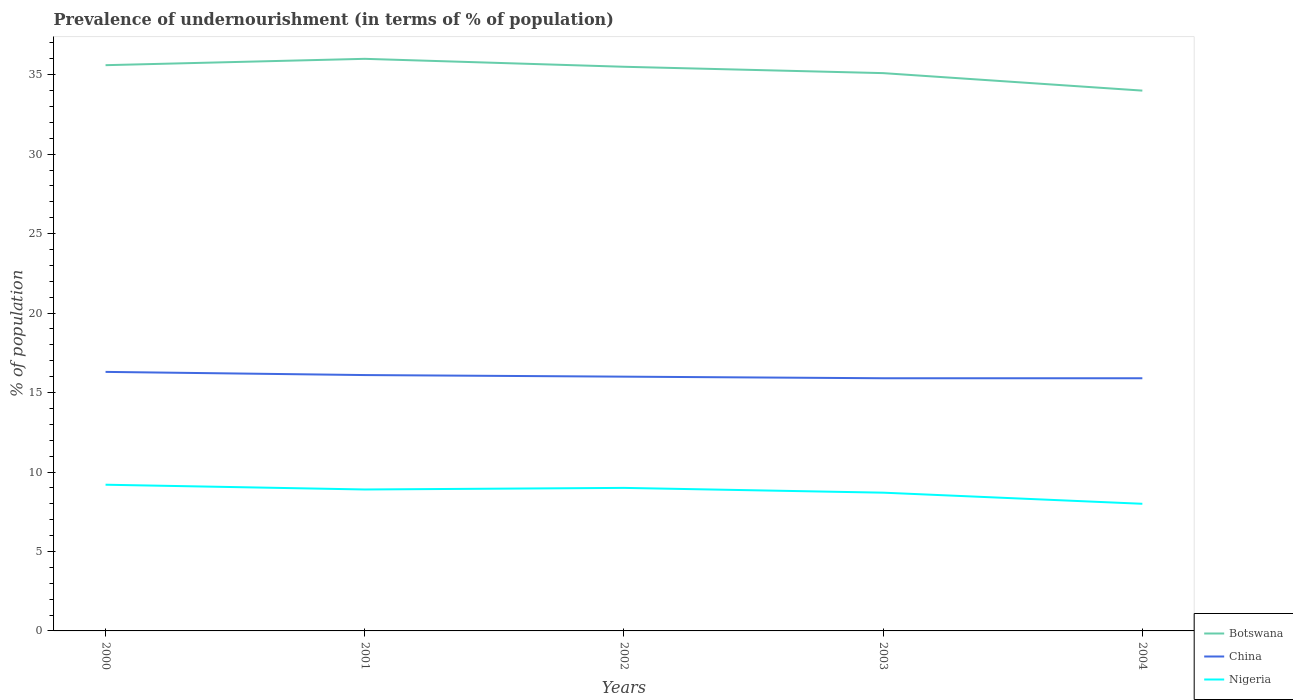
| Years | Botswana | China | Nigeria |
 | --- | --- | --- | --- |
 | 2000 | 35.6 | 16.3 | 9.2 |
 | 2001 | 36 | 16.1 | 8.9 |
 | 2002 | 35.5 | 16 | 9 |
 | 2003 | 35.1 | 15.9 | 8.7 |
 | 2004 | 34 | 15.9 | 8 |